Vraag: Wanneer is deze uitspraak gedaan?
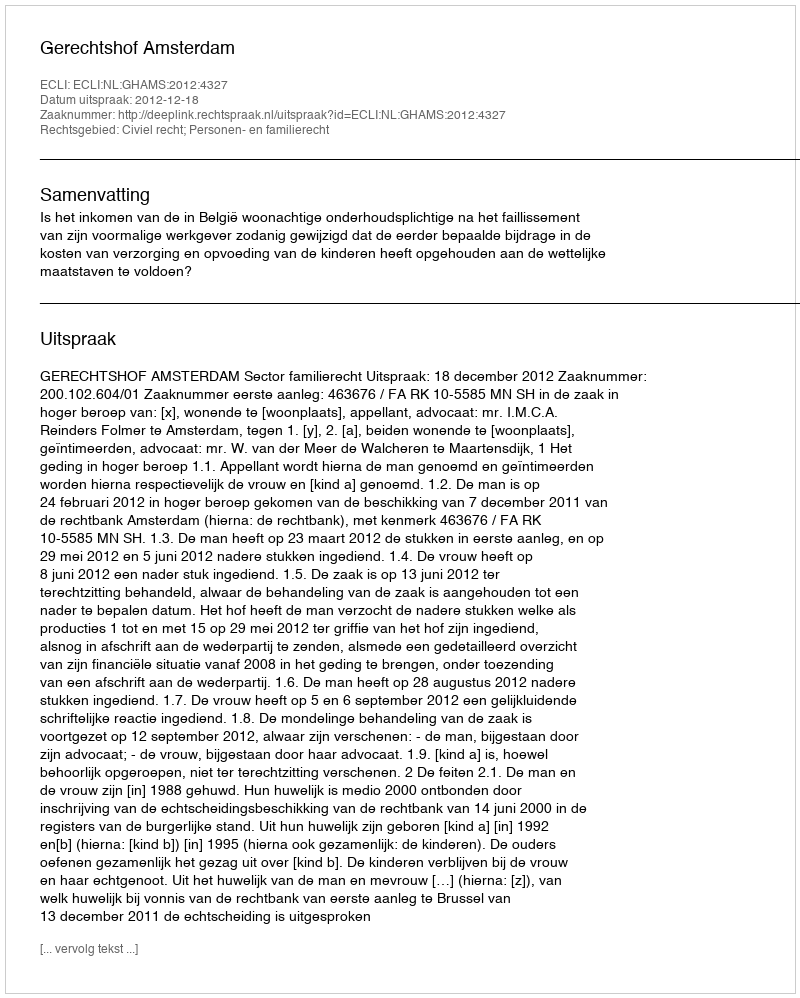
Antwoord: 2012-12-18